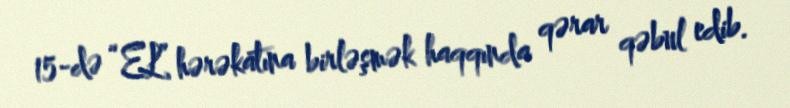
15-də “EL” hərəkatına birləşmək haqqında qərar qəbul edib.